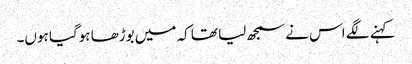
کہنے لگے اس نے سمجھ لیا تھا کہ میں بوڑھا ہوگیا ہوں۔